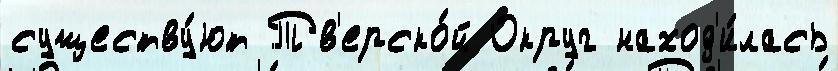
существу́ют Тв'ерско́й Округ наход'и́лась